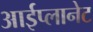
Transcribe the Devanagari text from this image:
आईप्लानेट